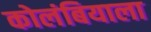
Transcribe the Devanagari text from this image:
कोलंबियाला